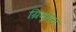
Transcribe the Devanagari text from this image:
ग्रिम्सन